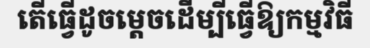
តើធ្វើដូចម្តេចដើម្បីធ្វើឱ្យកម្មវិធី